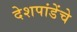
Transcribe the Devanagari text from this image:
देशपांडेंचे